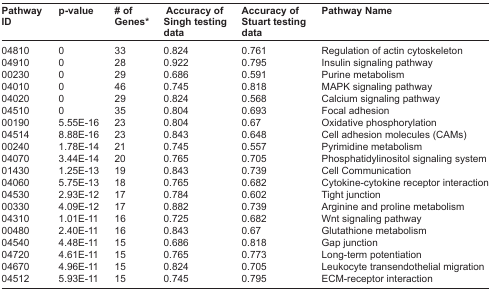
<table><thead><tr><td><b>Pathway ID</b></td><td><b>p-value</b></td><td><b># of Genes*</b></td><td><b>Accuracy of Singh testing data</b></td><td><b>Accuracy of Stuart testing data</b></td><td><b>Pathway Name</b></td></tr></thead><tbody><tr><td>04810</td><td>0</td><td>33</td><td>0.824</td><td>0.761</td><td>Regulation of actin cytoskeleton</td></tr><tr><td>04910</td><td>0</td><td>28</td><td>0.922</td><td>0.795</td><td>Insulin signaling pathway</td></tr><tr><td>00230</td><td>0</td><td>29</td><td>0.686</td><td>0.591</td><td>Purine metabolism</td></tr><tr><td>04010</td><td>0</td><td>46</td><td>0.745</td><td>0.818</td><td>MAPK signaling pathway</td></tr><tr><td>04020</td><td>0</td><td>29</td><td>0.824</td><td>0.568</td><td>Calcium signaling pathway</td></tr><tr><td>04510</td><td>0</td><td>35</td><td>0.804</td><td>0.693</td><td>Focal adhesion</td></tr><tr><td>00190</td><td>5.55E-16</td><td>23</td><td>0.804</td><td>0.67</td><td>Oxidative phosphorylation</td></tr><tr><td>04514</td><td>8.88E-16</td><td>23</td><td>0.843</td><td>0.648</td><td>Cell adhesion molecules (CAMs)</td></tr><tr><td>00240</td><td>1.78E-14</td><td>21</td><td>0.745</td><td>0.557</td><td>Pyrimidine metabolism</td></tr><tr><td>04070</td><td>3.44E-14</td><td>20</td><td>0.765</td><td>0.705</td><td>Phosphatidylinositol signaling system</td></tr><tr><td>01430</td><td>1.25E-13</td><td>19</td><td>0.843</td><td>0.739</td><td>Cell Communication</td></tr><tr><td>04060</td><td>5.75E-13</td><td>18</td><td>0.765</td><td>0.682</td><td>Cytokine-cytokine receptor interaction</td></tr><tr><td>04530</td><td>2.93E-12</td><td>17</td><td>0.784</td><td>0.602</td><td>Tight junction</td></tr><tr><td>00330</td><td>4.09E-12</td><td>17</td><td>0.882</td><td>0.739</td><td>Arginine and proline metabolism</td></tr><tr><td>04310</td><td>1.01E-11</td><td>16</td><td>0.725</td><td>0.682</td><td>Wnt signaling pathway</td></tr><tr><td>00480</td><td>2.40E-11</td><td>16</td><td>0.843</td><td>0.67</td><td>Glutathione metabolism</td></tr><tr><td>04540</td><td>4.48E-11</td><td>15</td><td>0.686</td><td>0.818</td><td>Gap junction</td></tr><tr><td>04720</td><td>4.61E-11</td><td>15</td><td>0.765</td><td>0.773</td><td>Long-term potentiation</td></tr><tr><td>04670</td><td>4.96E-11</td><td>15</td><td>0.824</td><td>0.705</td><td>Leukocyte transendothelial migration</td></tr><tr><td>04512</td><td>5.93E-11</td><td>15</td><td>0.745</td><td>0.795</td><td>ECM-receptor interaction</td></tr></tbody></table>